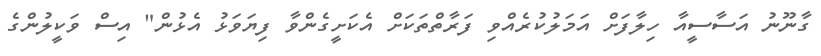
ގާނޫނު އަސާސީއާ ހިލާފަށް އަމަލުކުރެއްވި ފަރާތްތަކަށް އެކަށީގެންވާ ފިޔަވަޅު އެޅުން" އިސް ވަކީލުންގެ